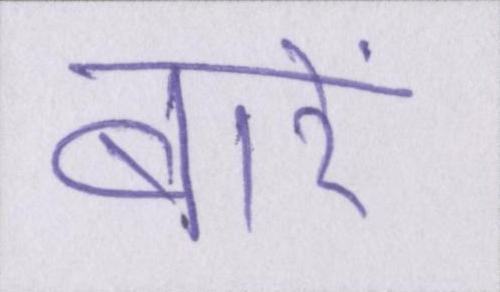
बारें